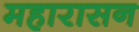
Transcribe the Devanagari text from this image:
महारासन